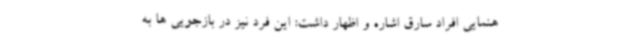
هنمایی افراد سارق اشاره و اظهار داشت: این فرد نیز در بازجویی ها به